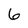
Character: 6